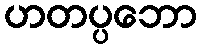
ဟတပ္ပဘော